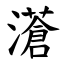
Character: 濸